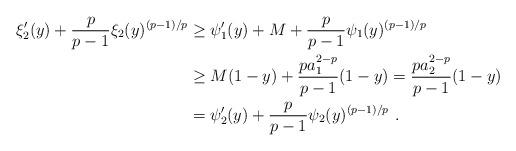
LaTeX: \begin{align*}\xi_2'(y) + \frac{p}{p-1} \xi_2(y)^{(p-1)/p} & \ge \psi_1'(y) + M +\frac{p}{p-1} \psi_1(y)^{(p-1)/p} \\& \ge M(1-y) + \frac{p a_1^{2-p}}{p-1} (1-y) = \frac{p a_2^{2-p}}{p-1} (1-y) \\& = \psi_2'(y) + \frac{p}{p-1} \psi_2(y)^{(p-1)/p}\ .\end{align*}